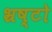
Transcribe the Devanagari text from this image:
भ्रष्टो